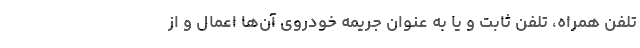
تلفن همراه، تلفن ثابت و یا به عنوان جریمه خودروی آن‌ها اعمال و از